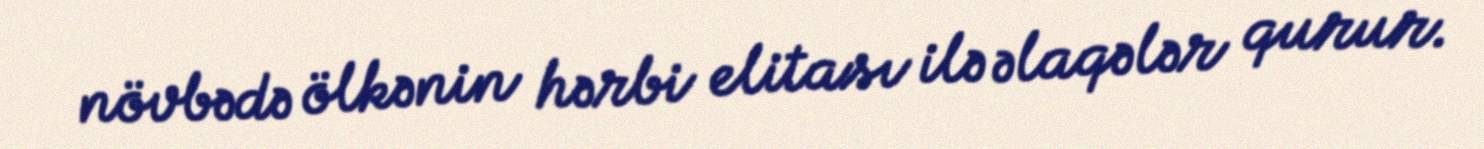
növbədə ölkənin hərbi elitası ilə əlaqələr qurur.